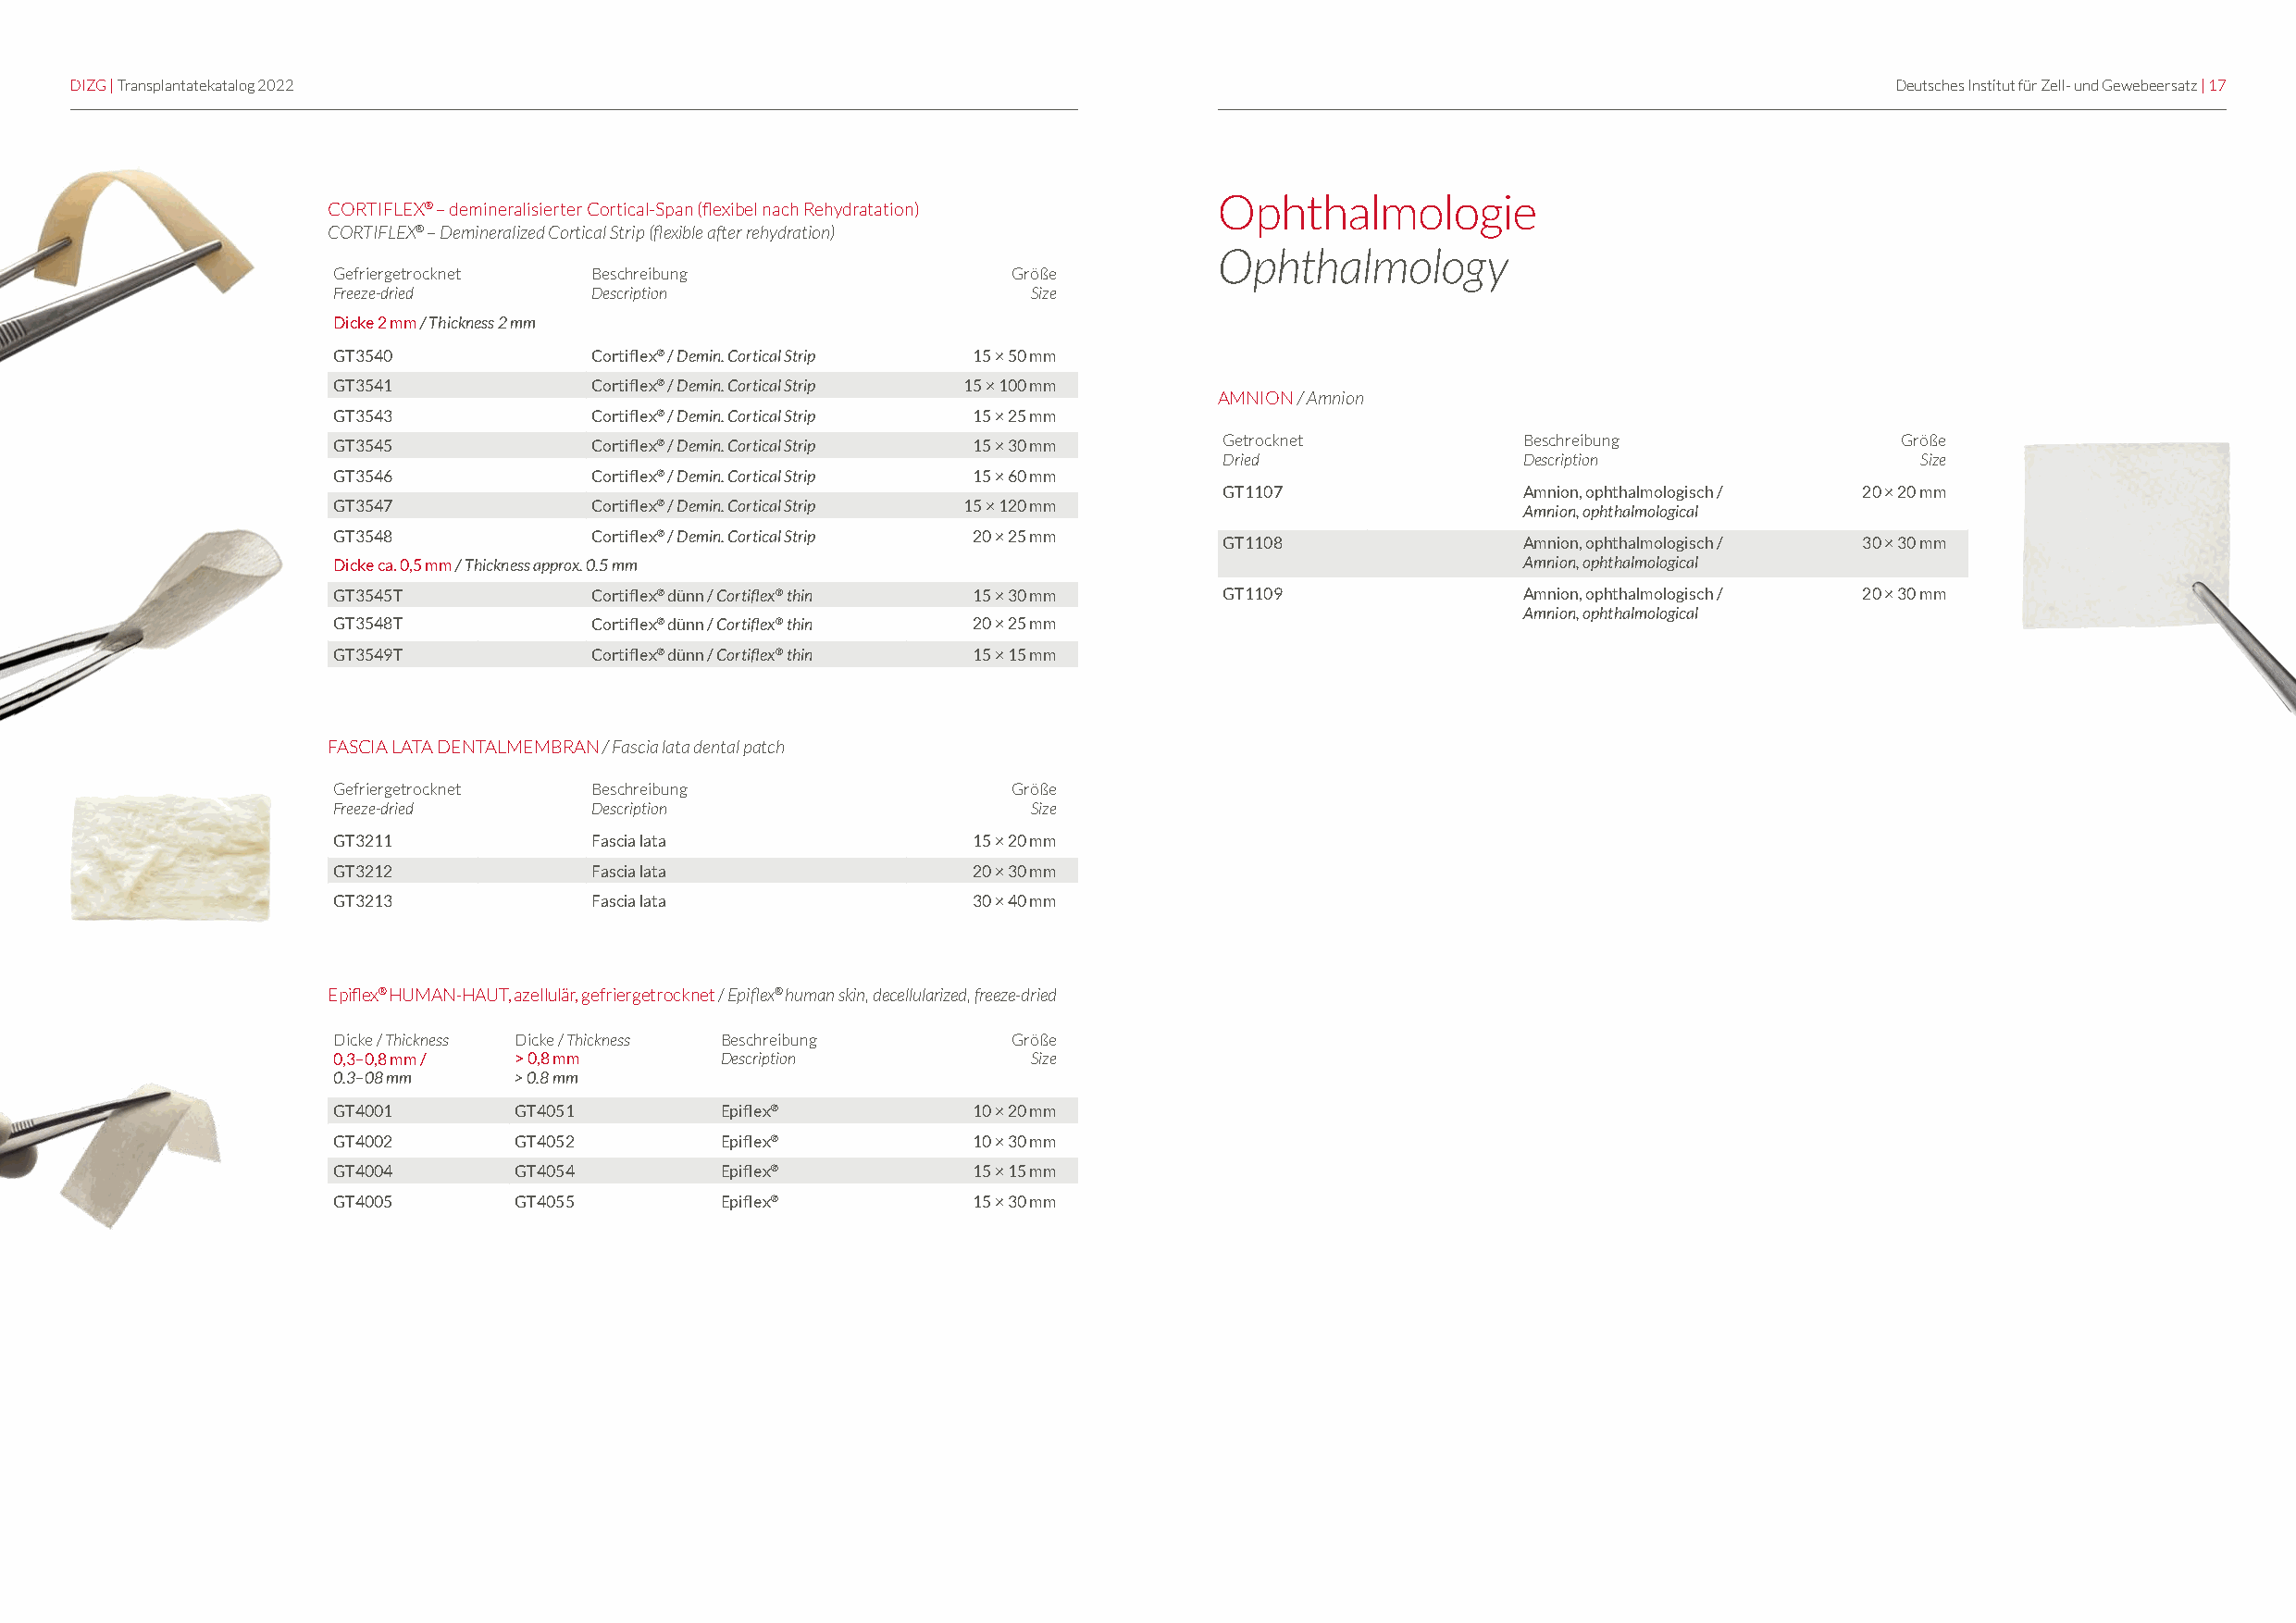
DIZG | Transplantatekatalog 2022                                                                                                   Deutsches Institut für Zell- und Gewebeersatz | 17
 Ophthalmologie
 CORTIFLEX® – demineralisierter Cortical-Span (flexibel nach Rehydratation)
 CORTIFLEX® – Demineralized Cortical Strip (flexible after rehydration)
 Ophthalmology
 Gefriergetrocknet Beschreibung                  Größe
 Freeze-dried      Description                     Size
 Dicke 2 mm / Thickness 2 mm
 GT3540            Cortiflex® / Demin. Cortical Strip 15 × 50 mm
 GT3541            Cortiflex® / Demin. Cortical Strip 15 × 100 mm
 AMNION / Amnion
 GT3543            Cortiflex® / Demin. Cortical Strip 15 × 25 mm
 GT3545            Cortiflex® / Demin. Cortical Strip 15 × 30 mm Getrocknet           Beschreibung               Größe
 Dried                 Description                 Size
 GT3546            Cortiflex® / Demin. Cortical Strip 15 × 60 mm
 GT1107                Amnion, ophthalmologisch / 20 × 20 mm
 GT3547            Cortiflex® / Demin. Cortical Strip 15 × 120 mm                     Amnion, ophthalmological
 GT3548            Cortiflex® / Demin. Cortical Strip 20 × 25 mm
 GT1108                Amnion, ophthalmologisch / 30 × 30 mm
 Dicke ca. 0,5 mm / Thickness approx. 0.5 mm                                          Amnion, ophthalmological
 GT3545T           Cortiflex® dünn / Cortiflex® thin 15 × 30 mm GT1109                Amnion, ophthalmologisch / 20 × 30 mm
 Amnion, ophthalmological
 GT3548T           Cortiflex® dünn / Cortiflex® thin 20 × 25 mm
 GT3549T           Cortiflex® dünn / Cortiflex® thin 15 × 15 mm
 FASCIA LATA DENTALMEMBRAN / Fascia lata dental patch
 Gefriergetrocknet Beschreibung                  Größe
 Freeze-dried      Description                     Size
 GT3211            Fascia lata                 15 × 20 mm
 GT3212            Fascia lata                 20 × 30 mm
 GT3213            Fascia lata                 30 × 40 mm
 Epiflex® HUMAN-HAUT, azellulär, gefriergetrocknet / Epiflex® human skin, decellularized, freeze-dried
 Dicke / Thickness Dicke / Thickness Beschreibung Größe
 0,3–0,8 mm / > 0,8 mm       Description           Size
 0.3–08 mm    > 0.8 mm
 GT4001       GT4051         Epiflex®          10 × 20 mm
 GT4002       GT4052         Epiflex®          10 × 30 mm
 GT4004       GT4054         Epiflex®          15 × 15 mm
 GT4005       GT4055         Epiflex®          15 × 30 mm